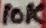
Text: 10K